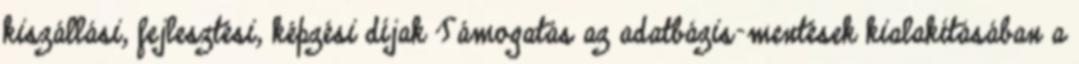
kiszállási, fejlesztési, képzési díjak Támogatás az adatbázis-mentések kialakításában a